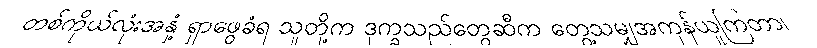
တစ်ကိုယ်လုံးအနှံ့ ရှာဖွေခံရ သူတို့က ဒုက္ခသည်တွေဆီက တွေ့သမျှအကုန်ယူကြတာ၊